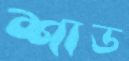
শাড